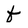
Character: f